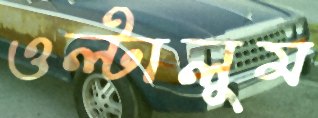
ওল্‌টালুম